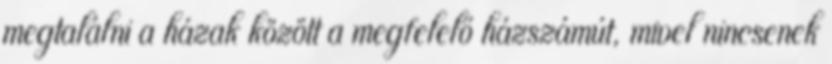
megtalálni a házak között a megfelelő házszámút, mivel nincsenek